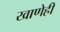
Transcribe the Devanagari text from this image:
खाणेही